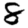
Digit: 8